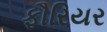
ફૌરિયર